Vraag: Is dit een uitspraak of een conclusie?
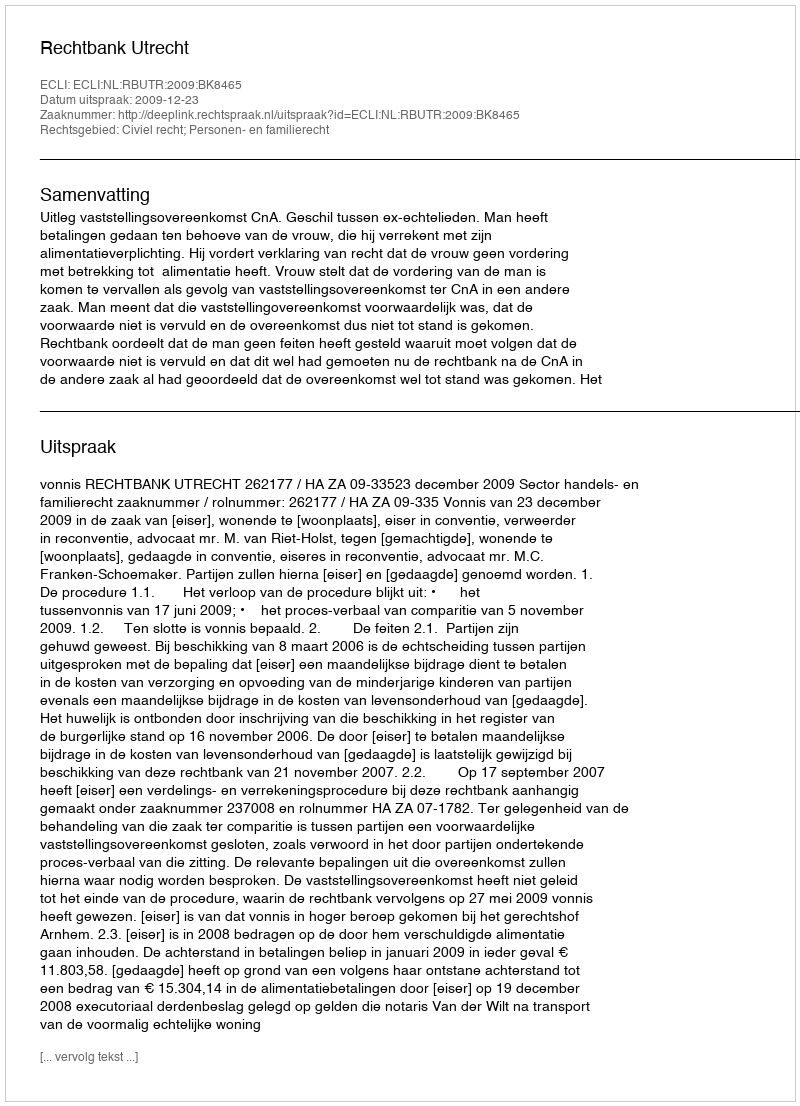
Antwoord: Uitspraak